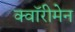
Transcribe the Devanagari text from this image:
क्वॉरीमेन